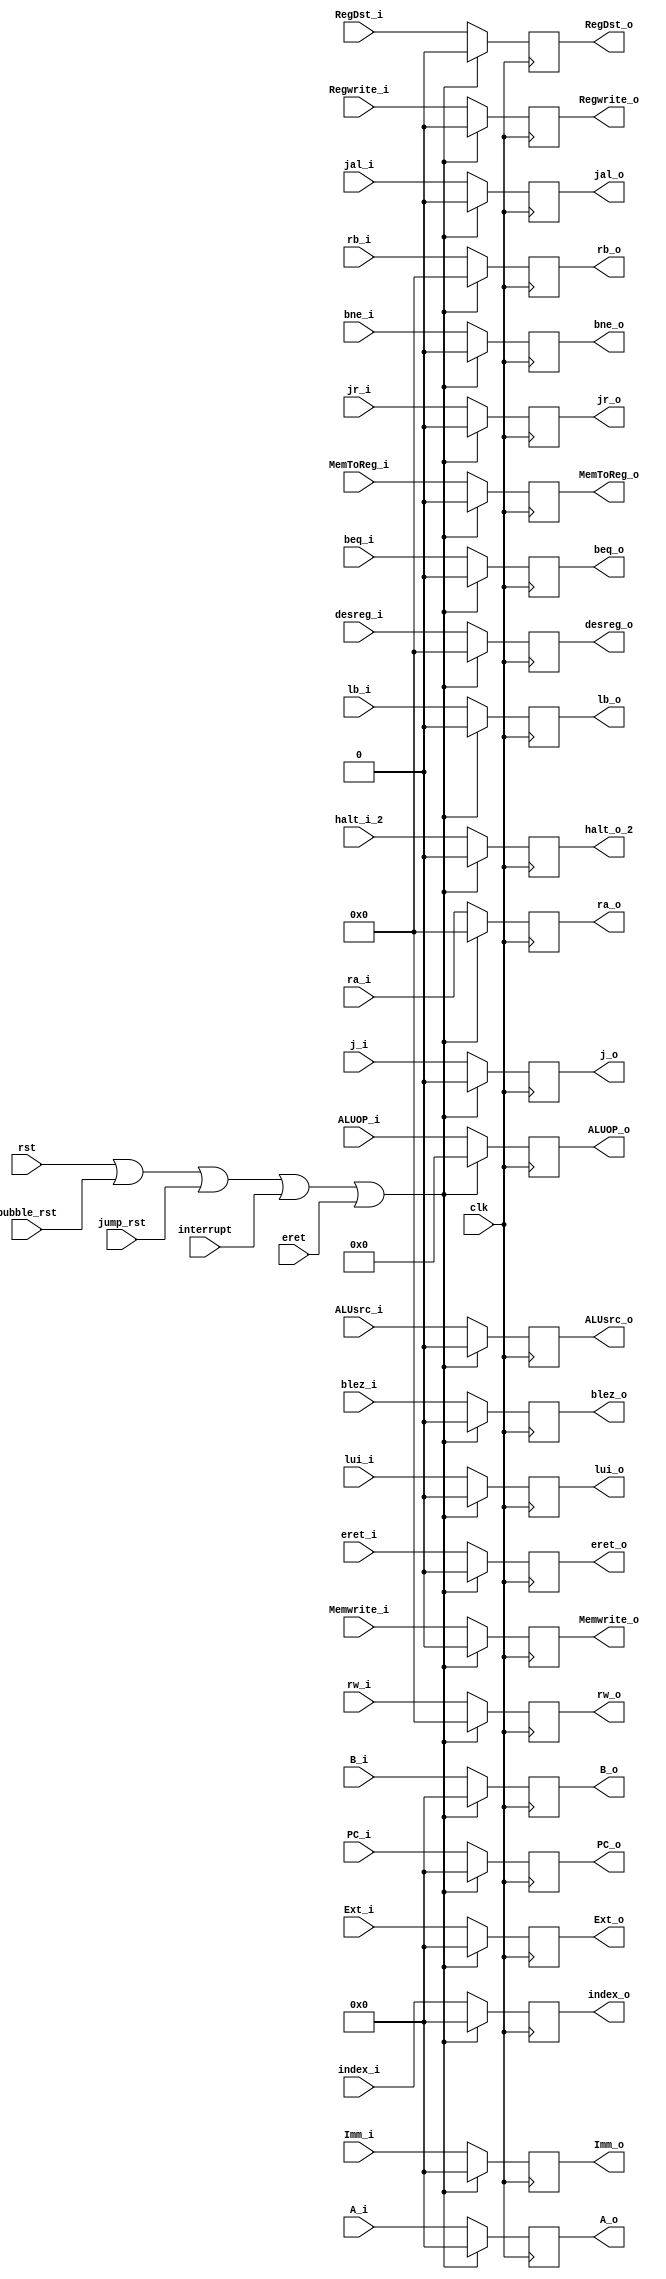
`timescale 1ns / 1ps
//////////////////////////////////////////////////////////////////////////////////
// Company: HUST
// Engineer: 
// 
// Design Name: CPU_Optimal_Streamline
// Module Name: ID_EX
// 
//////////////////////////////////////////////////////////////////////////////////

//ID_EX
module id_ex(
    input       clk, rst, interrupt, eret, jump_rst, bubble_rst, halt_i_2, 
    input       [3:0] ALUOP_i,
    input       [4:0] rw_i,
    input       jr_i,jal_i,j_i,bne_i,beq_i,blez_i,
    input       Memwrite_i, MemToReg_i,Regwrite_i,ALUsrc_i,RegDst_i,
    input       lb_i,
    input       lui_i,
    input       [31:0]index_i,
    input       [31:0] A_i, B_i,Ext_i, Imm_i, PC_i,
    input       [4:0] desreg_i, ra_i, rb_i,
    input       eret_i,
    output reg  halt_o_2,
    output reg  [3:0] ALUOP_o,
    output reg  [4:0] rw_o,
    output reg  jr_o,jal_o,j_o,bne_o,beq_o,blez_o,
    output reg  Memwrite_o, MemToReg_o,Regwrite_o,ALUsrc_o,RegDst_o,
    output reg  lb_o,
    output reg  lui_o,
    output reg  [31:0]index_o,
    output reg  [31:0] A_o, B_o,Ext_o, Imm_o, PC_o,
    output reg  [4:0]  desreg_o, ra_o, rb_o,
    output reg  eret_o
    );
    initial begin
        //WB
        rw_o <= 0;
        MemToReg_o <= 0;    //ALUMem
        jal_o <= 0;         //PC+1
        lui_o <= 0;         //LUI
        Regwrite_o <= 0;    //
        RegDst_o <= 0;      //
        //MemALU
        Memwrite_o <= 0;    //ram
        lb_o <= 0;          //memload
        //EXALU
        ALUOP_o <= 0;        //ALUIS
        ALUsrc_o <= 0;      //ALUBImm
        jr_o <= 0;          //NPC
        j_o <= 0;           //
        bne_o <= 0;         //
        beq_o <= 0;         //
        blez_o <= 0;        //   
        index_o <= 0;
        //A,B,PC,IMM
        A_o <= 0;           //ALU
        B_o <= 0;           //ALU
        PC_o <= 0;          //NPC
        Ext_o <= 0;
        Imm_o <= 0;            //1.ALU2.3.NPC
        halt_o_2 <= 0;
        desreg_o <= 0;
        ra_o <= 0;
        rb_o <= 0;
        eret_o <= 0;
    end
    always @(posedge clk) begin
        if (rst | bubble_rst |jump_rst|interrupt|eret) begin
            //WB
            rw_o <= 0;
            MemToReg_o <= 0;    //ALUMem
            jal_o <= 0;         //PC+1
            lui_o <= 0;         //LUI
            Regwrite_o <= 0;    //
            RegDst_o <= 0;      //
            //MemALU
            Memwrite_o <= 0;    //ram
            lb_o <= 0;          //memload
            //EXALU
            ALUOP_o <= 0;        //ALUIS
            ALUsrc_o <= 0;      //ALUBImm
            jr_o <= 0;          //NPC
            j_o <= 0;           //
            bne_o <= 0;         //
            beq_o <= 0;         //
            blez_o <= 0;        //   
            index_o <= 0;
            //A,B,PC,IMM
            A_o <= 0;           //ALU
            B_o <= 0;           //ALU
            PC_o <= 0;          //NPC
            Ext_o <= 0;
            Imm_o <= 0;            //1.ALU2.3.NPC
            halt_o_2 <= 0;
            desreg_o <= 0;
            ra_o <= 0;
            rb_o <= 0;
            eret_o <= 0;
        end
        else begin
            //WB
            rw_o <= rw_i;
            MemToReg_o <= MemToReg_i;    //ALUMem
            jal_o <= jal_i;         //PC+1
            lui_o <= lui_i;         //LUI
            Regwrite_o <= Regwrite_i;    //
            RegDst_o <= RegDst_i;      //
            //MemALU
            Memwrite_o <= Memwrite_i;    //ram
            lb_o <= lb_i;          //memload
            //EXALU
            ALUOP_o <=ALUOP_i;        //ALUIS
            ALUsrc_o <= ALUsrc_i;      //ALUBImm
            jr_o <= jr_i;          //NPC
            j_o <= j_i;           //
            bne_o <= bne_i;         //
            beq_o <= beq_i;         //
            blez_o <= blez_i;        //   
            index_o <= index_i;
            //A,B,PC,IMM
            A_o <= A_i;           //ALU
            B_o <= B_i;           //ALU
            PC_o <= PC_i;          //NPC
            Ext_o <= Ext_i;
            Imm_o <= Imm_i;            //1.ALU2.3.NPC
            halt_o_2 <= halt_i_2;
            desreg_o <= desreg_i;
            ra_o <= ra_i;
            rb_o <= rb_i;
            eret_o <= eret_i;
        end
    end
endmodule